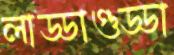
লাড্ডাগুড্ডা